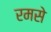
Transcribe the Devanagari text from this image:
रमसे